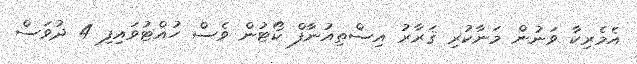
އެމެރިކާ ވަނުން މަނާކުރި ޤަރާރު އިސްތިއުނާފް ކޯޓުން ވެސް ހުއްޓުވައިފި 4 ދުވަސް